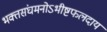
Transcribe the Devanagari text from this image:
भक्तसंघमनोऽभीष्टफलदाय